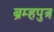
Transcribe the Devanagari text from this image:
ब्रम्हपुत्र